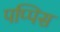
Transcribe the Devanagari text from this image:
पप्पिस